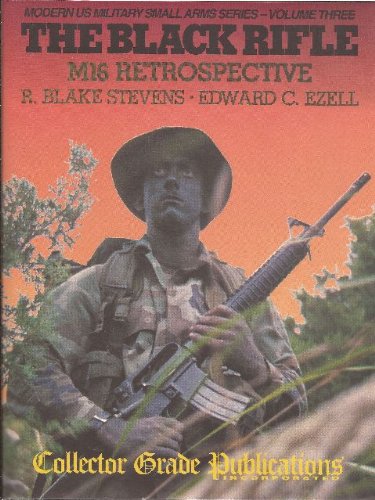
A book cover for The Black Rifle: M16 Retrospective (Modern US Military Small Arms Series- Volume Three); R. Blake Stevens; Crafts, Hobbies & Home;